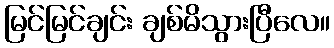
မြင်မြင်ချင်း ချစ်မိသွားပြီလေ။